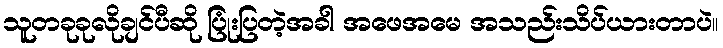
သူတခုခုလိုချင်ပီဆို ပြုံးပြတဲ့အခါ အဖေအမေ အသည်းသိပ်ယားတာပဲ။